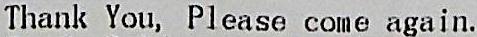
THANK YOU, PLEASE COME AGAIN.